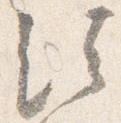
法